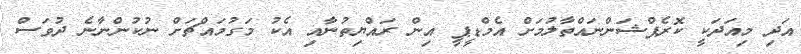
އަދި މިއަދަކީ ކޮރެޕްޝަންނައްތާލުމަށް އެމްޑީޕީ އިން ރައްޔިތުނާއި އެކު މަގުމައްޗަށް ނުކުންނާނެ ދުވަސް